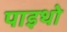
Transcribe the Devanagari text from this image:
पाइथो